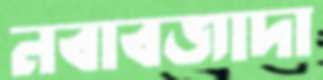
নবাবজাদা